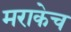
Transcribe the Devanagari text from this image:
मराकेच